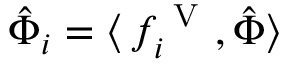
\hat { \Phi } _ { i } = \langle \, f _ { i } ^ { \mathrm { ~ V ~ } } , \hat { \Phi } \rangle